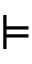
\vDash